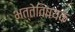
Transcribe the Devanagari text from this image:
भत्तेविषयक